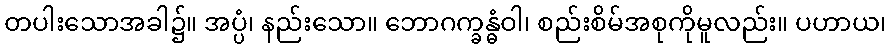
တပါးသောအခါ၌။ အပ္ပံ၊ နည်းသော။ ဘောဂက္ခန္ဓံဝါ၊ စည်းစိမ်အစုကိုမူလည်း။ ပဟာယ၊